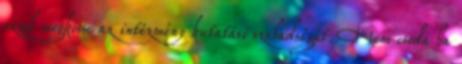
ezzel megkösse az intézmény kutatási szabadságát. Nem csoda ha